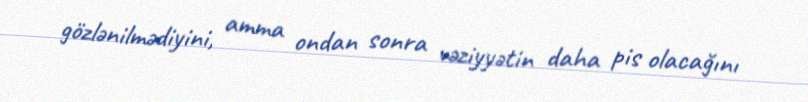
gözlənilmədiyini, amma ondan sonra vəziyyətin daha pis olacağını